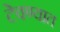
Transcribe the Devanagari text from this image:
टेवण्यात